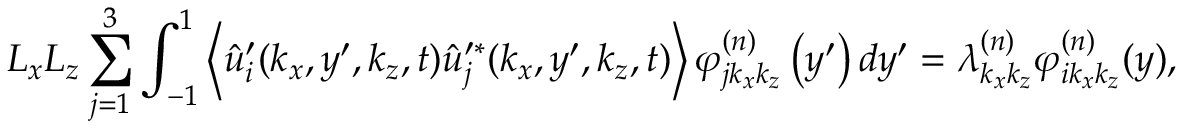
L _ { x } L _ { z } \sum _ { j = 1 } ^ { 3 } \int _ { - 1 } ^ { 1 } \left\langle \hat { u } _ { i } ^ { \prime } ( k _ { x } , y ^ { \prime } , k _ { z } , t ) \hat { u } _ { j } ^ { \prime * } ( k _ { x } , y ^ { \prime } , k _ { z } , t ) \right\rangle \varphi _ { j k _ { x } k _ { z } } ^ { ( n ) } \left( y ^ { \prime } \right) d y ^ { \prime } = \lambda _ { k _ { x } k _ { z } } ^ { ( n ) } \varphi _ { i k _ { x } k _ { z } } ^ { ( n ) } ( y ) ,